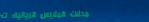
محلات الملابس الرجالية: ت